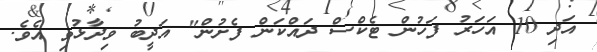
އަދި 10 އަހަރު ފަހުން ޓެކްސް ދައްކަން ފެށުން" އަދީބު ވިދާޅުވި އެވެ.